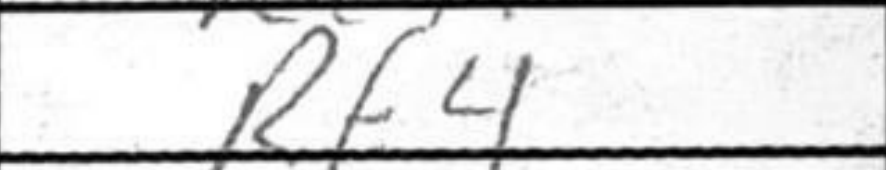
Transcription: Rf4